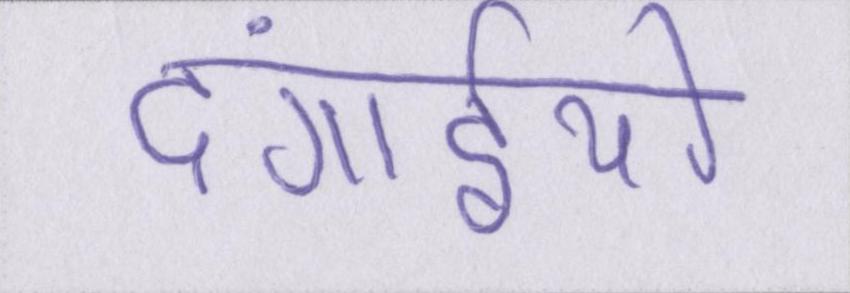
दंगाईयो